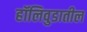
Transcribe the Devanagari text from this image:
हॉलिवुडातील